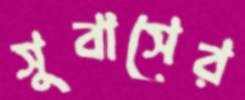
সুবাসের